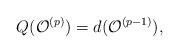
LaTeX: \begin{align*}Q(\mathcal{O}^{(p)})=d(\mathcal{O}^{(p-1)}),\end{align*}